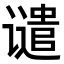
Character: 谴